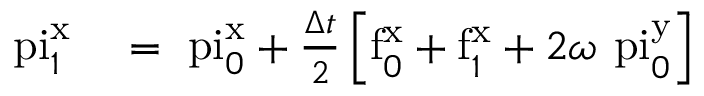
\begin{array} { r l } { \mathrm { \ p i } _ { 1 } ^ { \mathrm { x } } } & { { } = \mathrm { \ p i } _ { 0 } ^ { \mathrm { x } } + \frac { \Delta t { } } { 2 } \left[ \mathrm { f } _ { 0 } ^ { \mathrm { x } } + \mathrm { f } _ { 1 } ^ { \mathrm { x } } + 2 \omega _ { } \mathrm { \ p i } _ { 0 } ^ { \mathrm { y } } \right] } \end{array}